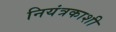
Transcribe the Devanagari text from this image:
नियंत्रकाशी